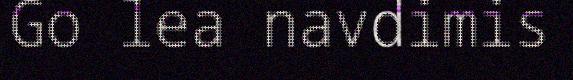
Go lea navdimis